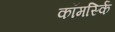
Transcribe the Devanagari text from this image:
कॉमर्स्कि